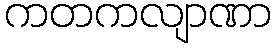
ကတကလျာဏာ